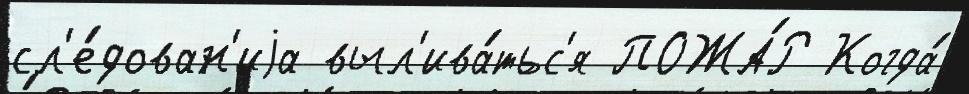
сл'е́дован'иjа выл'ива́тьс'я ПОЖА́Р Когда́